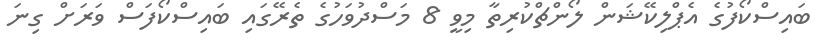
ބައިސްކޯފުގެ އެޕްލިކޭޝަން ލޯންޗްކުރިތާ މިވީ 8 މަސްދުވަހުގެ ތެރޭގައި ބައިސްކޯފަސް ވަރަށް ގިނަ